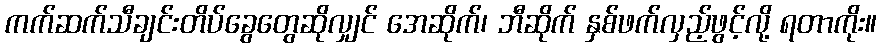
ကက်ဆက်သီချင်းတိပ်ခွေတွေဆိုလျှင် အေဆိုက်၊ ဘီဆိုက် နှစ်ဖက်လှည့်ဖွင့်လို့ ရတာကိုး။